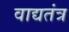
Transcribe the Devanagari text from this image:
वाद्यतंत्र